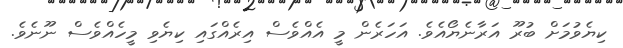
ކިޔެވުމަށް ބުރޫ އަރާނެޔޯއެވެ. އަހަރެން މީ އެއްވެސް އިރެއްގައި ކިޔެވި މީހެއްވެސް ނޫނެވެ.